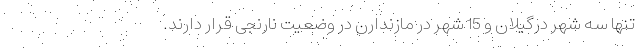
تنها سه شهر درگیلان و 15 شهر در مازندارن در وضعیت نارنجی قرار دارند.